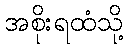
အစိုးရထံသို့